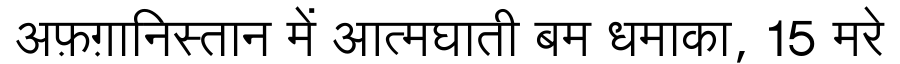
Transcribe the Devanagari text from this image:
अफ़ग़ानिस्तान में आत्मघाती बम धमाका, 15 मरे